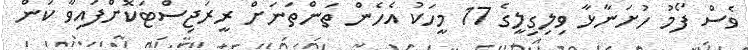
ވެސް ފޯމު ހުށަނާޅާ ވިލިގިލީގެ 17 މީހަކު އެހެން ތަންތަނަށް ރީރަޖިސްޓަކޮށްފައިވާ ކަން